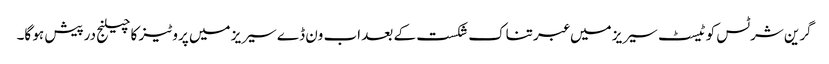
گرین شرٹس کو ٹیسٹ سیریز میں عبرتناک شکست کے بعد اب ون ڈے سیریز میں پروٹیز کا چیلنج درپیش ہو گا۔